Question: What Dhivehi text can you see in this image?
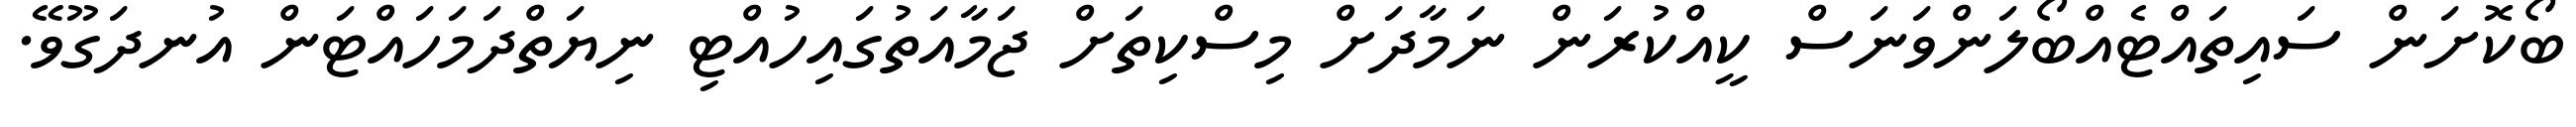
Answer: ބޯކޮށަން ސައިތައްޓެއްބޯލަންވަނަސް ކީއްކުރަން ނަމާދަށް މިސްކިތަށް ޖަމާއަތުގައިހުއްޓި ނިޔަތްދަމަހައްޓަން އުނދަގޫވޭ.